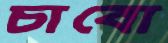
চাবো